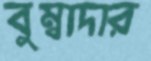
বুম্বাদার